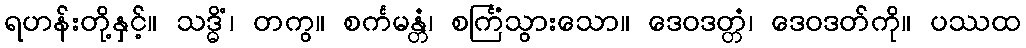
ရဟန်းတို့နှင့်။ သဒ္ဓိံ၊ တကွ။ စင်္ကမန္တံ၊ စင်္ကြံသွားသော။ ဒေဝဒတ္တံ၊ ဒေဝဒတ်ကို။ ပဿထ